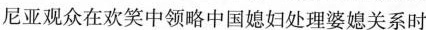
尼亚观众在欢笑中领略中国媳妇处理婆媳关系时